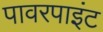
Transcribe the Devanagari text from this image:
पावरपाइंट